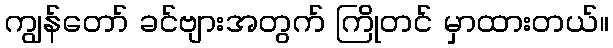
ကျွန်တော် ခင်ဗျားအတွက် ကြိုတင် မှာထားတယ်။